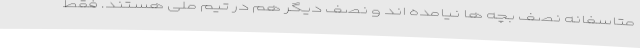
متاسفانه نصف بچه ها نیامده اند و نصف دیگر هم در تیم ملی هستند. فقط